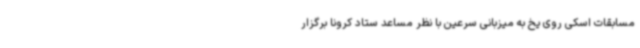
مسابقات اسکی روی یخ به میزبانی سرعین با نظر مساعد ستاد کرونا برگزار